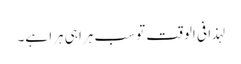
لہذا فی الوقت تو سب ہرا ہی ہرا ہے۔